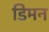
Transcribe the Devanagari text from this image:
डिमन